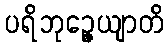
ပရိဘုဉ္ဇေယျာတိ